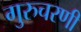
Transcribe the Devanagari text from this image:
गुरुचरणी